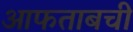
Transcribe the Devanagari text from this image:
आफताबची